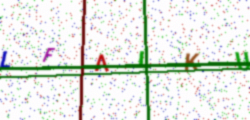
Text: LFAIKU